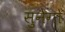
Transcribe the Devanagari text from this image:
सुनैगो